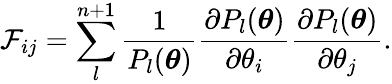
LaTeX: \mathcal{F}_{ij}=\sum_{l}^{n+1}\frac{1}{P_{l}(\boldsymbol{\theta})}\frac{\partial P_{l}(\boldsymbol{\theta})}{\partial\theta_{i}}\frac{\partial P_{l}(\boldsymbol{\theta})}{\partial\theta_{j}}.